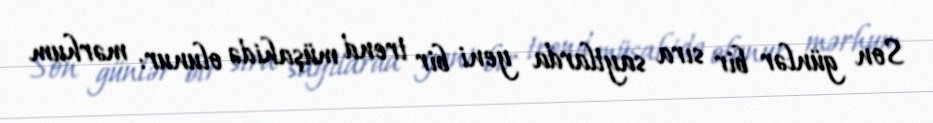
Son günlər bir sıra saytlarda yeni bir trend müşahidə olunur: mərhum